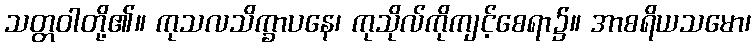
သတ္တဝါတို့၏။ ကုသလသိက္ခာပနေ၊ ကုသိုလ်ကိုကျင့်စေရာ၌။ အာစရိယသမော၊